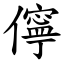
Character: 儜